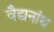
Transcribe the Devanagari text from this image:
वैद्यनांथ